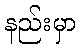
နည်းမှာ